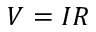
V = I R